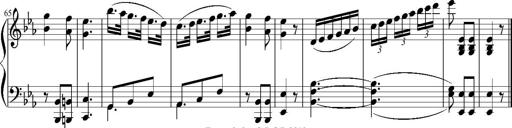
Title: 12 Sonatinas for Piano
Composer: Johann Baptist Vanhal